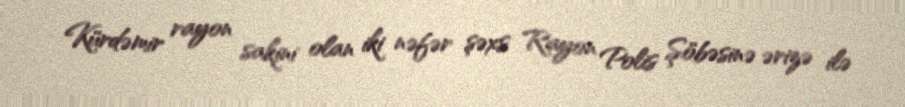
Kürdəmir rayon sakini olan iki nəfər şəxs Rayon Polis Şöbəsinə ərizə ilə